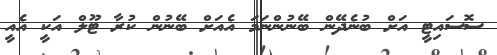
ސޮސައިޓީ އަށް ބުނެދޭން ބޭނުންނަމަ އެއަށް ބޭނުން ކުރާ ޓޫލް އަކީ އެއީ